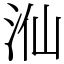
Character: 𣳈